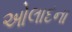
ઓલાદના